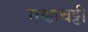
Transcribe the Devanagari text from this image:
राणाचट्टी